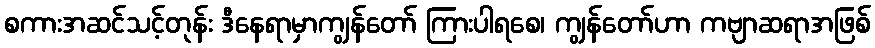
စကားအဆင်သင့်တုန်း ဒီနေရာမှာကျွန်တော် ကြားပါရစေ၊ ကျွန်တော်ဟာ ကဗျာဆရာအဖြစ်